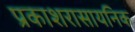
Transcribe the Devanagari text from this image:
प्रकाशरासायनिक